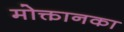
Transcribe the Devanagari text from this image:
मोक्तानका